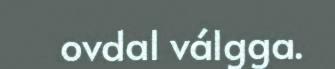
ovdal válgga.